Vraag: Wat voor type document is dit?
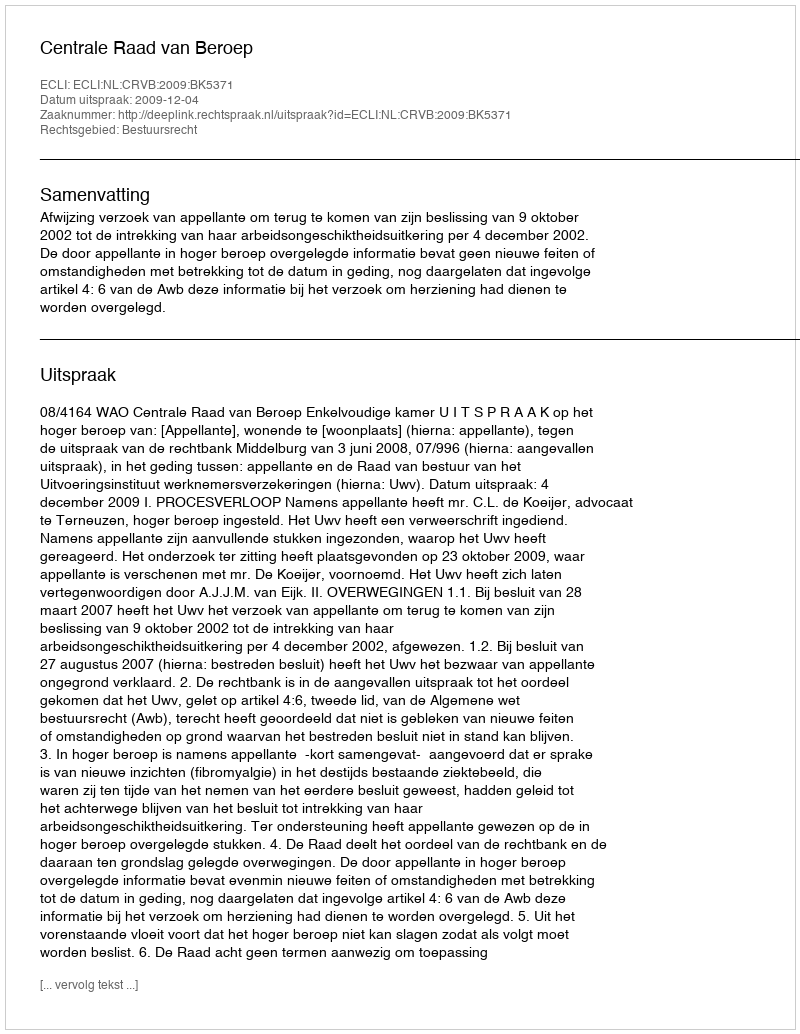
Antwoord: Uitspraak